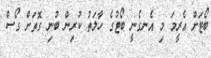
ބޯޓަށް އެރީމަ މި އެނގެނީ ބޯޓުގެ ހާލަތު ކުރިން ބުނި ގޮތަށް ގޯސް